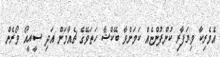
އެމެރިކާ ވިޔަފާރި ކުންފުންޏެއް ކަމަށްވާ ބޭކްޝާ ހަތަވޭގެ ޗެއާމަން އަދި ސީއީއޯ ވޯރެން